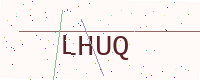
Text: LHUQ